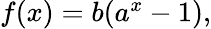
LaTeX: \begin{array}{r}{f(x)=b(a^{x}-1),}\end{array}